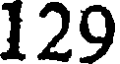
129